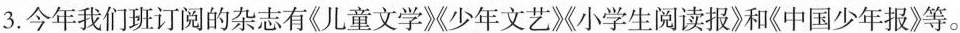
3.今年我们班订阅的杂志有《儿童文学》少年文艺》小学生阅读报》和《中国少年报》等。